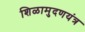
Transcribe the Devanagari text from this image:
शिळामुदणयंत्र